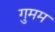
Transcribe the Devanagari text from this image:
गुमम